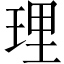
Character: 理